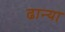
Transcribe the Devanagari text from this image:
ढान्या